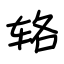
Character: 辂